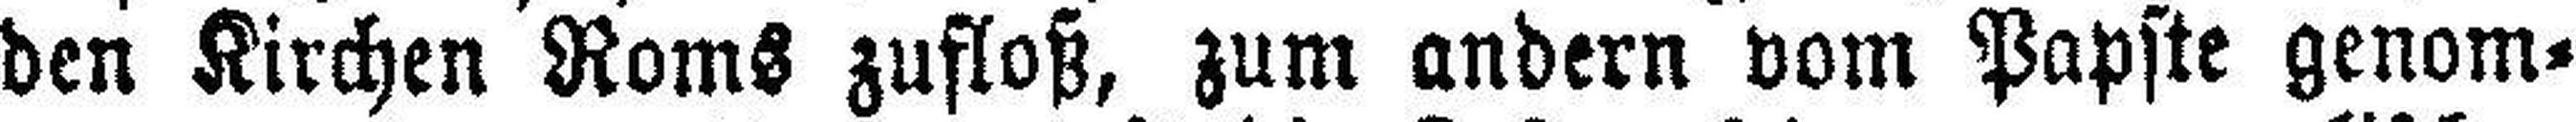
den Kirchen Roms zufloß, zum andern vom Papste genom¬